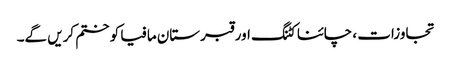
تجاوزات ، چائنا کٹنگ اور قبرستان مافیا کو ختم کریں گے۔